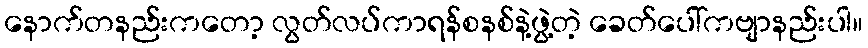
နောက်တနည်းကတော့ လွတ်လပ်ကာရန်စနစ်နဲ့ဖွဲ့တဲ့ ခေတ်ပေါ်ကဗျာနည်းပါ။